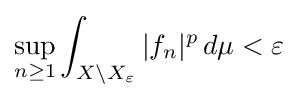
\sup _{n\geq 1}\int _{X\setminus X_{\varepsilon }}|f_{n}|^{p}\,d\mu <\varepsilon